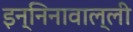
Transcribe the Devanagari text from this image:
इन्निनावाल्ली